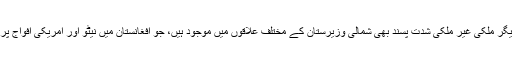
اطلاعات کے مطابق، دیگر ملکی غیر ملکی شدت پسند بھی شمالی وزیرستان کے مختلف علاقوں میں موجود ہیں، جو افغانستان میں نیٹو اور امریکی افواج پر انگلی اٹھاتے رہے ہیں۔